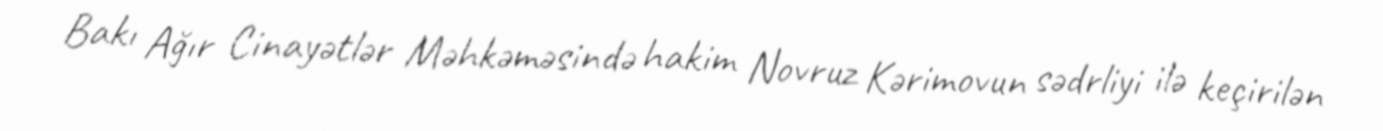
Bakı Ağır Cinayətlər Məhkəməsində hakim Novruz Kərimovun sədrliyi ilə keçirilən